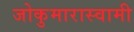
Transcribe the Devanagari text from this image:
जोकुमारास्वामी